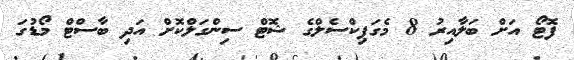
ފޮޓޯ އަށް ބަލާއިރު 8 މެގަޕިކްސެލްގެ ޝޮޓް ސިންގަލްކޮށް އަދި ބާސްޓް މޯޑުގަ